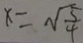
x = \sqrt { \frac { 5 } { 4 } }